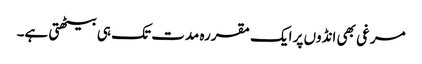
مرغی بھی انڈوں پر ایک مقررہ مدت تک ہی بیٹھتی ہے۔